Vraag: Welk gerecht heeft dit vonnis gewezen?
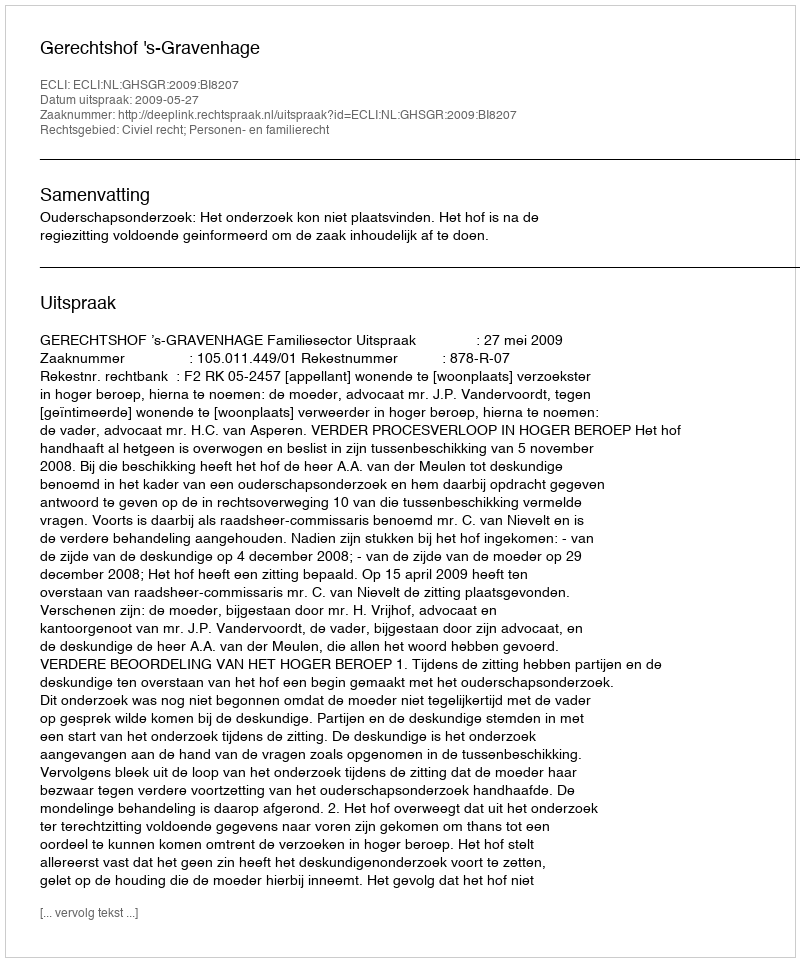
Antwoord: Gerechtshof 's-Gravenhage